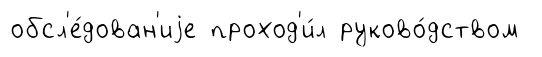
обсл'е́дован'иjе проход'и́л руково́дством